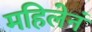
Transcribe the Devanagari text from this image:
महिलेनं